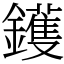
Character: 鑊